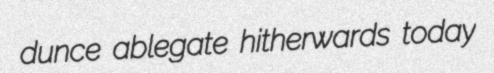
dunce ablegate hitherwards today